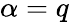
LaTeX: \alpha=q